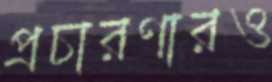
প্রচারণারও